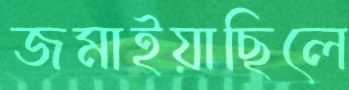
জমাইয়াছিলে